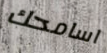
اسامحك